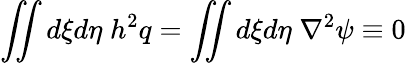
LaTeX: \iint d\xi d\eta\; h^{2}q=\iint d\xi d\eta\; \nabla^{2}\psi\equiv 0